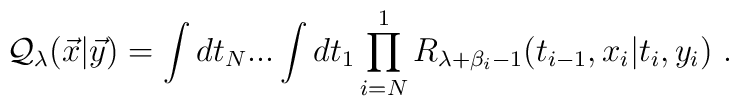
{\cal Q}_\lambda ({\vec x}|{\vec y})=\int dt_N...\int dt_1 \prod_{i=N}^1    R_{\lambda +\beta_i-1}(t_{i-1},x_i|t_i,y_i) ~.